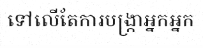
ទៅលើតែការបង្ក្រាអ្នកអ្នក